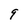
Character: q